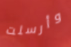
وأرسلت